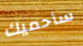
سأحميك